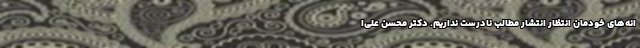
انه‌های خودمان انتظار انتشار مطالب نادرست نداریم. دکتر محسن علی‌ا